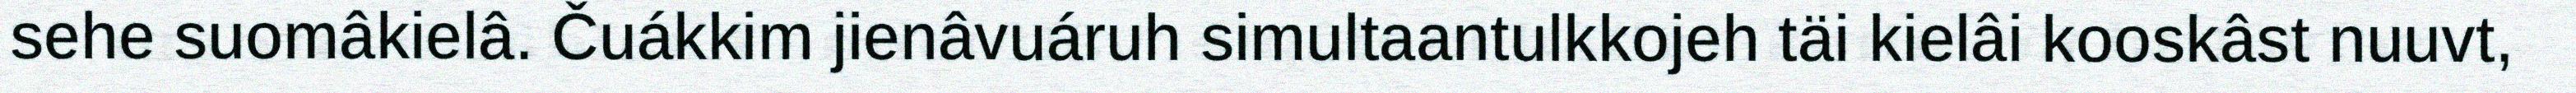
sehe suomâkielâ. Čuákkim jienâvuáruh simultaantulkkojeh täi kielâi kooskâst nuuvt,